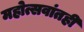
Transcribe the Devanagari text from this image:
महोत्सवांतही